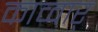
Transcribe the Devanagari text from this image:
काव्वार्